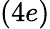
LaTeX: (4e)